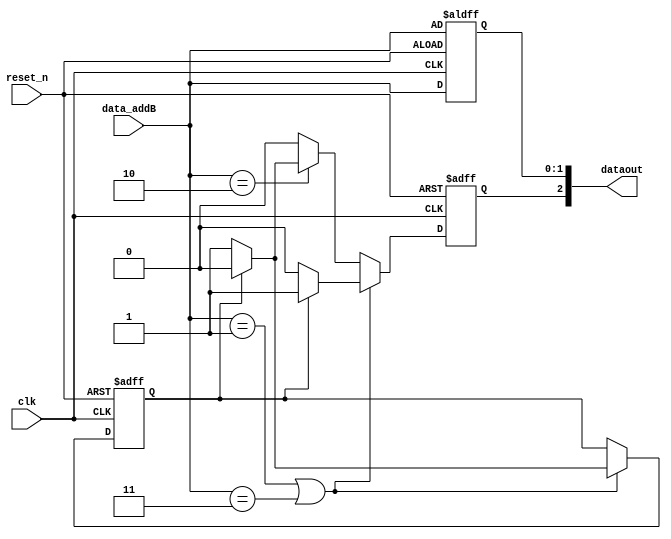
module sign_HDB3(
		clk,
		reset_n,
		data_addB,
		
		dataout
);
	input          		   clk;                        //
	input          		   reset_n;                    //
	input  [ 1 : 0 ] 			data_addB;                    
	
	reg							flag;
	reg   [ 1 : 0 ]			delay_data_addB;
	reg  							sign_HDB3;
	output [ 2 : 0 ]			dataout;
	
	
	always @ ( posedge clk or negedge reset_n )
	begin
		if( !reset_n )  
		begin
			flag <= 0;
			sign_HDB3 <= 1'b0;
			delay_data_addB <= data_addB;
		end
		else  
		begin
			if( data_addB == 2'b01 || data_addB == 2'b11 )  //1B
			begin  
				if( flag == 0 ) 
					begin
					sign_HDB3 <= 1'b0;  //+1
					flag <= 1;    //
					delay_data_addB <= data_addB;
					end
				else  
				begin
					sign_HDB3 <= 1'b1;  //-1
					flag <= 0;    //
					delay_data_addB <= data_addB;
				end
			end
			else if( data_addB == 2'b10 ) //V
			begin       
				if( flag == 0 )  
				begin	
					sign_HDB3 <= 1'b1;  //-1
					delay_data_addB <= data_addB;
				end
				else
				begin
					sign_HDB3 <= 1'b0;  //+1
					delay_data_addB <= data_addB;
				end
			end
			else  
			begin
				sign_HDB3 <= 1'b0;
				delay_data_addB <= data_addB;
			end
		end
   end
	assign  dataout = { sign_HDB3, delay_data_addB }; 
endmodule